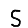
Digit: 5